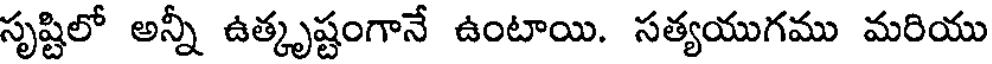
సృష్టిలో అన్నీ ఉత్కృష్టంగానే ఉంటాయి. సత్యయుగము మరియు